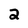
Character: 2